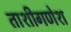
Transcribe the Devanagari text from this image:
ताशीगणेश